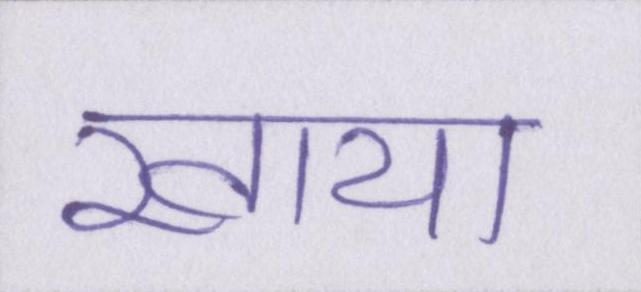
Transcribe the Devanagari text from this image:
खाया